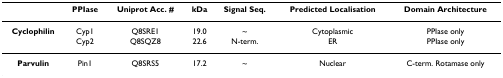
<table><thead><tr><td></td><td><b>PPIase</b></td><td><b>Uniprot Acc. #</b></td><td><b>kDa</b></td><td><b>Signal Seq.</b></td><td><b>Predicted Localisation</b></td><td><b>Domain Architecture</b></td></tr></thead><tbody><tr><td><b>Cyclophilin</b></td><td>Cyp1</td><td>Q8SRE1</td><td>19.0</td><td>~</td><td>Cytoplasmic</td><td>PPIase only</td></tr><tr><td></td><td>Cyp2</td><td>Q8SQZ8</td><td>22.6</td><td>N-term.</td><td>ER</td><td>PPIase only</td></tr><tr><td><b>Parvulin</b></td><td>Pin1</td><td>Q8SRS5</td><td>17.2</td><td>~</td><td>Nuclear</td><td>C-term. Rotamase only</td></tr></tbody></table>